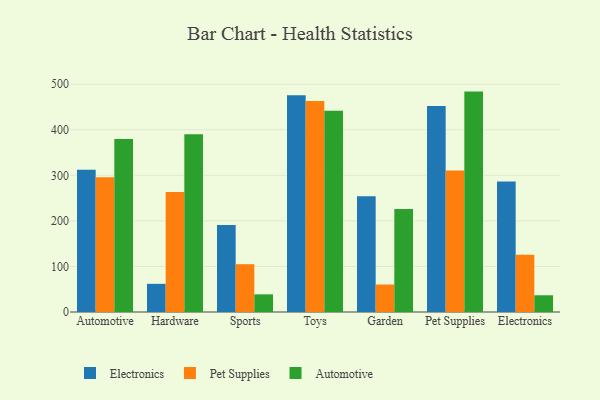
{"axis": {"x": "Category", "y": "Population (Million)"}, "legend": ["Automotive", "Electronics", "Pet Supplies"], "data": [{"x": "Automotive", "y": 312.0, "type": "Electronics"}, {"x": "Automotive", "y": 295.5, "type": "Pet Supplies"}, {"x": "Automotive", "y": 379.9, "type": "Automotive"}, {"x": "Hardware", "y": 61.8, "type": "Electronics"}, {"x": "Hardware", "y": 263.6, "type": "Pet Supplies"}, {"x": "Hardware", "y": 389.9, "type": "Automotive"}, {"x": "Sports", "y": 190.8, "type": "Electronics"}, {"x": "Sports", "y": 104.9, "type": "Pet Supplies"}, {"x": "Sports", "y": 38.7, "type": "Automotive"}, {"x": "Toys", "y": 475.7, "type": "Electronics"}, {"x": "Toys", "y": 463.0, "type": "Pet Supplies"}, {"x": "Toys", "y": 441.4, "type": "Automotive"}, {"x": "Garden", "y": 254.1, "type": "Electronics"}, {"x": "Garden", "y": 60.3, "type": "Pet Supplies"}, {"x": "Garden", "y": 226.0, "type": "Automotive"}, {"x": "Pet Supplies", "y": 451.9, "type": "Electronics"}, {"x": "Pet Supplies", "y": 310.5, "type": "Pet Supplies"}, {"x": "Pet Supplies", "y": 483.7, "type": "Automotive"}, {"x": "Electronics", "y": 286.5, "type": "Electronics"}, {"x": "Electronics", "y": 125.4, "type": "Pet Supplies"}, {"x": "Electronics", "y": 36.7, "type": "Automotive"}]}